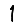
Digit: 1